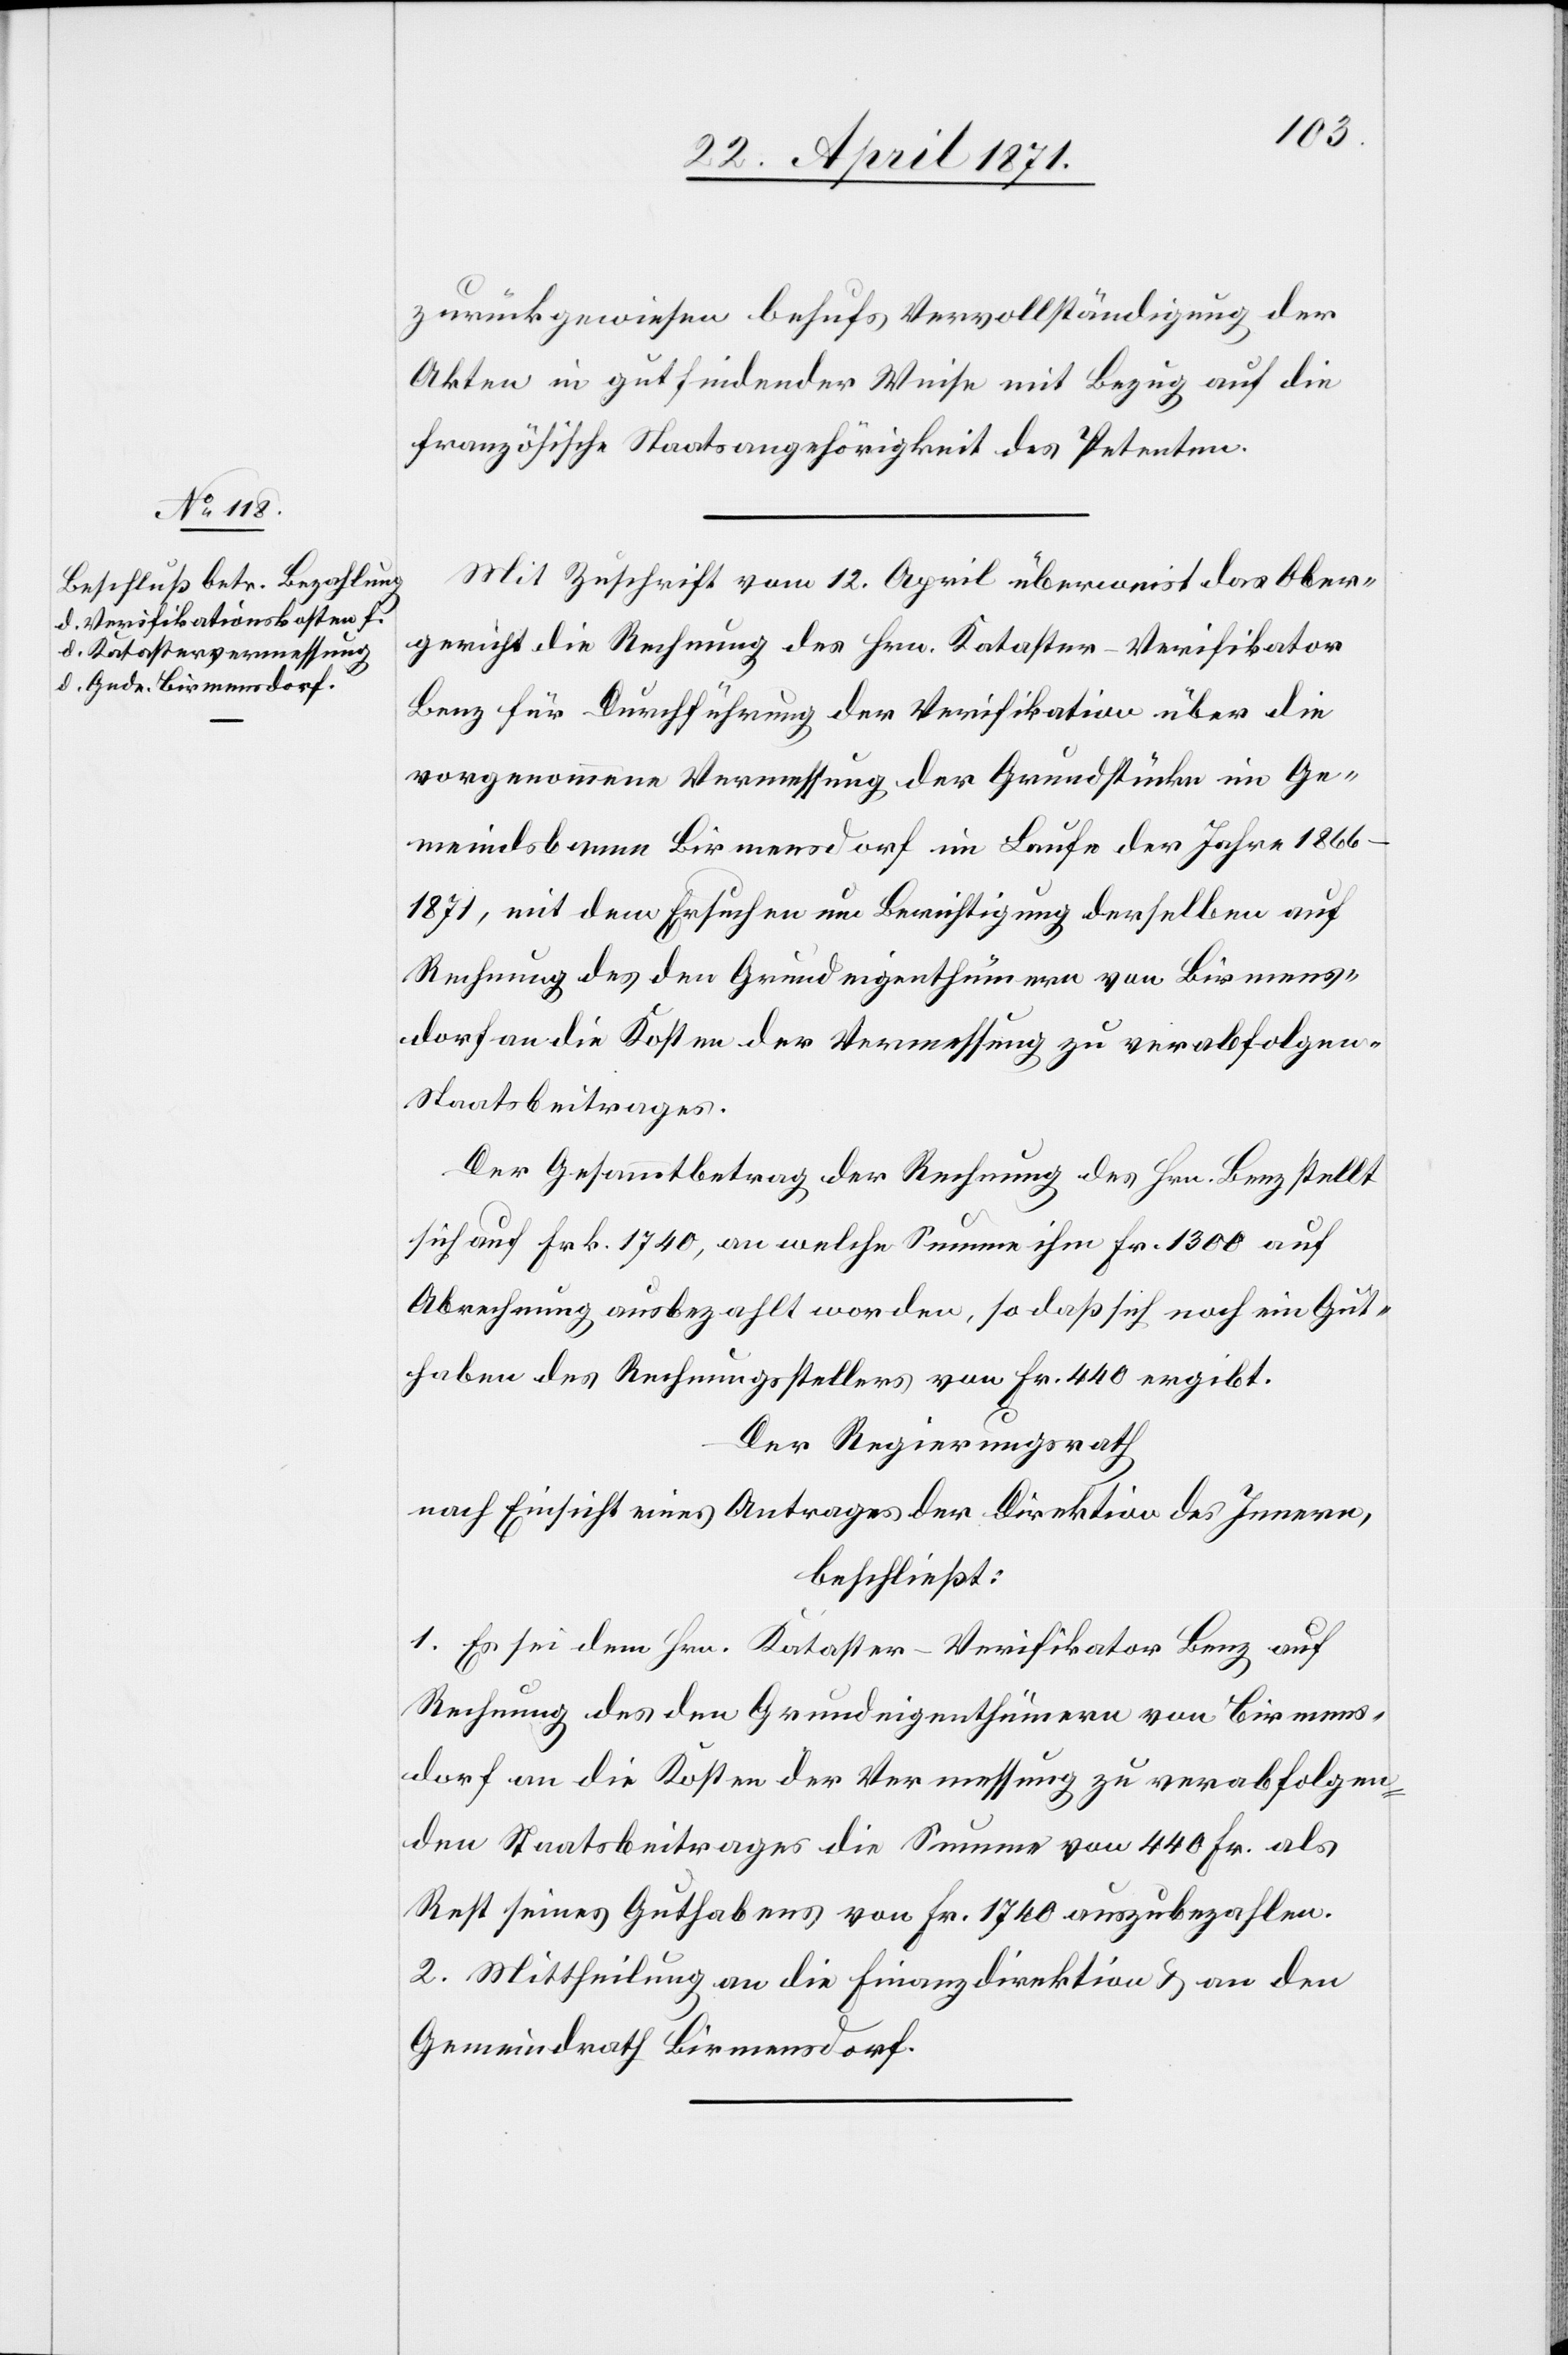
zurückgewiesen behufs Vervollständigung der
Akten in gutfindender Weise mit Bezug auf die
französische Staatsangehörigkeit des Petenten.
Mit Zuschrift vom 12. April überweist das Ober¬
gericht die Rechnung des Hrn. Kataster-Verifikator
Benz für Durchführung der Verifikation über die
vorgenommene Vermessung der Grundstücke im Ge¬
meindsbanne Birmensdorf im Laufe der Jahre 1866–1871,
mit dem Ersuchen um Berichtigung derselben auf
Rechnung des den Grundeigenthümern von Birmens¬
dorf an die Kosten der Vermessung zu verabfolgen¬
Staatsbeitrages.
Der Gesammtbetrag der Rechnung des Hrn. Benz stellt
sich auf Frk. 1740, an welche Summe ihm Fr. 1300 auf
Abrechnung ausbezahlt worden, so daß sich noch ein Gut¬
haben des Rechnungsstellers von Fr. 440 ergibt.
Der Regierungsrath
nach Einsicht eines Antrages der Direktion des Innern,
beschließt:
1. Es sei dem Hrn. Kataster-Verifikator Benz auf
den Staatsbeitrages die Summe von 440 Fr. als
Rest seines Guthabens von Fr. 1740 auszubezahlen.
2. Mittheilung an die Finanzdirektion u. an den
Gemeindrath Birmensdorf.